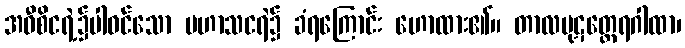
အဝီစိငရဲ့၌ပါဝင်သော ပဟာသငရဲ၌ ခံရကြောင်း ဟောထား၏။ တာလပုဋတ္ထေရဂါထာ၊